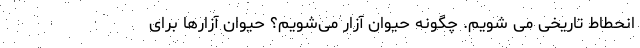
انحطاط تاریخی می شویم. چگونه حیوان آزار می‌شویم؟ حیوان آزارها برای